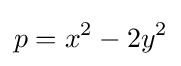
p=x^{2}-2y^{2}